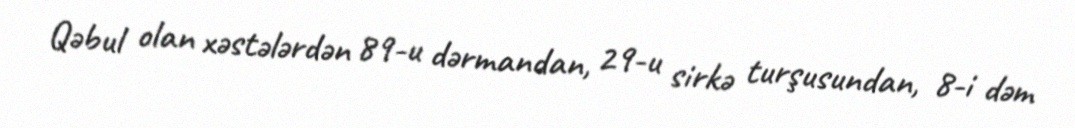
Qəbul olan xəstələrdən 89-u dərmandan, 29-u sirkə turşusundan, 8-i dəm